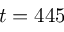
t = 4 4 5